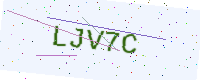
Text: LJV7C